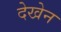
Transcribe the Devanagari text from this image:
देखेन